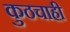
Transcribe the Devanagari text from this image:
कुठचाही